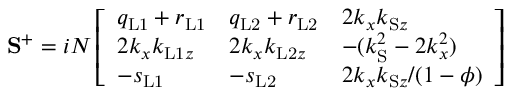
\mathbf { S } ^ { + } = i N \left[ \begin{array} { l l l } { q _ { \mathrm { L 1 } } + r _ { \mathrm { L 1 } } } & { q _ { \mathrm { L 2 } } + r _ { \mathrm { L 2 } } } & { 2 k _ { x } k _ { \mathrm { S } z } } \\ { 2 k _ { x } k _ { \mathrm { L 1 } z } } & { 2 k _ { x } k _ { \mathrm { L 2 } z } } & { - ( k _ { \mathrm { S } } ^ { 2 } - 2 k _ { x } ^ { 2 } ) } \\ { - s _ { \mathrm { L 1 } } } & { - s _ { \mathrm { L 2 } } } & { 2 k _ { x } k _ { \mathrm { S } z } / ( 1 - \phi ) } \end{array} \right]